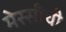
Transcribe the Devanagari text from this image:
मेस्सीची